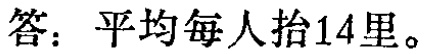
答：平均每人抬14里。